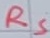
Text: RS